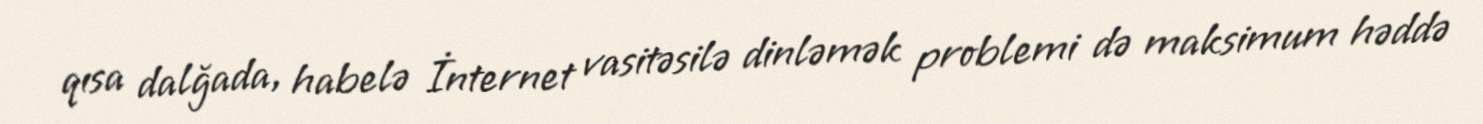
qısa dalğada, habelə İnternet vasitəsilə dinləmək problemi də maksimum həddə